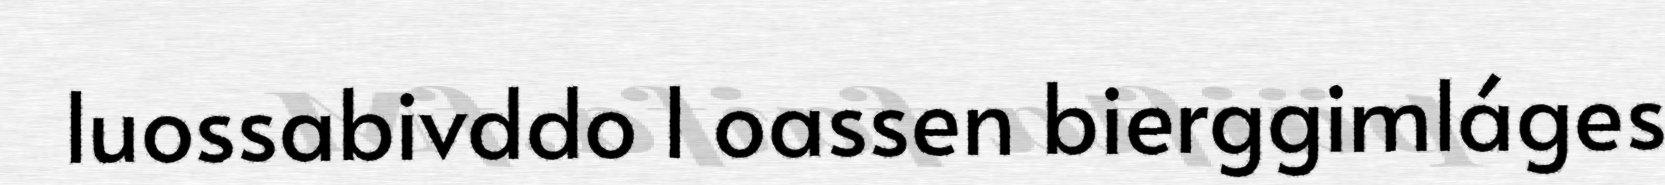
luossabivddo l oassen bierggimláges